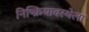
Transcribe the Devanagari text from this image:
निष्क्रियावस्थेला